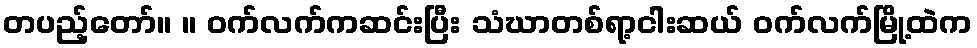
တပည့်တော်။ ။ ဝက်လက်ကဆင်းပြီး သံဃာတစ်ရာ့ငါးဆယ် ဝက်လက်မြို့ထဲက